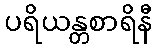
ပရိယန္တစာရိနီ